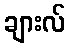
ချားလ်